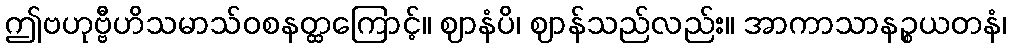
ဤဗဟုဗ္ဗီဟိသမာသ်ဝစနတ္ထကြောင့်။ ဈာနံပိ၊ ဈာန်သည်လည်း။ အာကာသာနဉ္စယတနံ၊